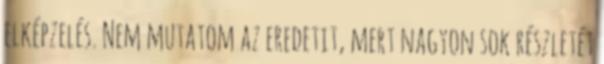
elképzelés. Nem mutatom az eredetit, mert nagyon sok részletét